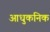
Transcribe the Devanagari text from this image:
आधुकनिक